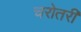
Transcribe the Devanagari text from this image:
चरोतरी